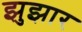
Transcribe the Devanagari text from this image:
झुझार